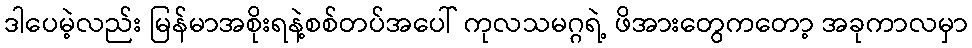
ဒါပေမဲ့လည်း မြန်မာအစိုးရနဲ့စစ်တပ်အပေါ် ကုလသမဂ္ဂရဲ့ ဖိအားတွေကတော့ အခုကာလမှာ